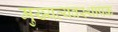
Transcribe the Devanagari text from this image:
मुख्यव्यवस्थापक